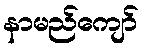
နာမည်ကျော်